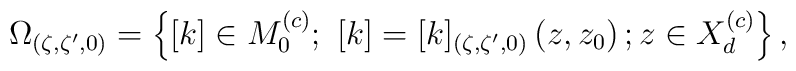
\Omega _{(\zeta ,\zeta ^{\prime },0)}=\left\{ [k]\in M_{0}^{\left( c\right) }; \  [k]=[k]_{(\zeta ,\zeta ^{\prime },0)}\left( z,z_{0}\right) ;z\in X_{d}^{\left(c\right) }\right\} ,